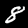
Label: 8